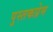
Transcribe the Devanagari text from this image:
पुस्तकप्रेम